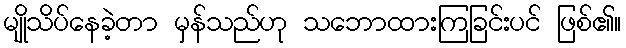
မျိုသိပ်နေခဲ့တာ မှန်သည်ဟု သဘောထားကြခြင်းပင် ဖြစ်၏။